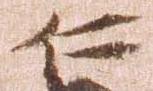
仁